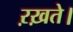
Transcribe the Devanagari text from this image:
ऱख़ते।